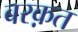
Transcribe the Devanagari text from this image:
बरक़त